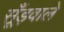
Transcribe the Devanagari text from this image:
सूँड़वाले